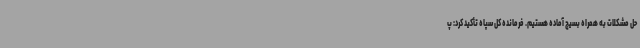
حل مشکلات به همراه بسیج آماده هستیم. فرمانده کل سپاه تأکید کرد: پ